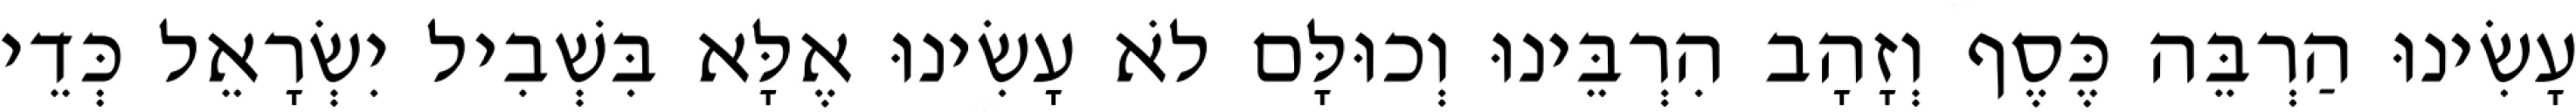
עָשִׂינוּ הַרְבֵּה כֶּסֶף וְזָהָב הִרְבֵּינוּ וְכוּלָּם לֹא עָשִׂינוּ אֶלָּא בִּשְׁבִיל יִשְׂרָאֵל כְּדֵי